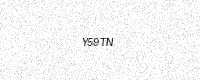
Text: Y59TN